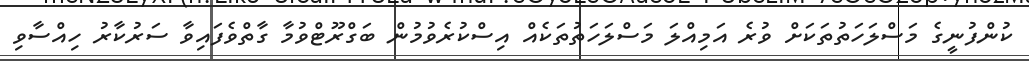
ކުންފުނީގެ މަސްލަހަތުތަކަށް ވުރެ އަމިއްލަ މަސްލަހަތުތަކެއް އިސްކުރެވުމުން ބަގްރޫޓްވުމާ ގާތްވެފައިވާ ސަރުކާރު ހިއްސާވި